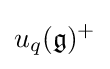
u_{q}({\mathfrak {g}})^{+}